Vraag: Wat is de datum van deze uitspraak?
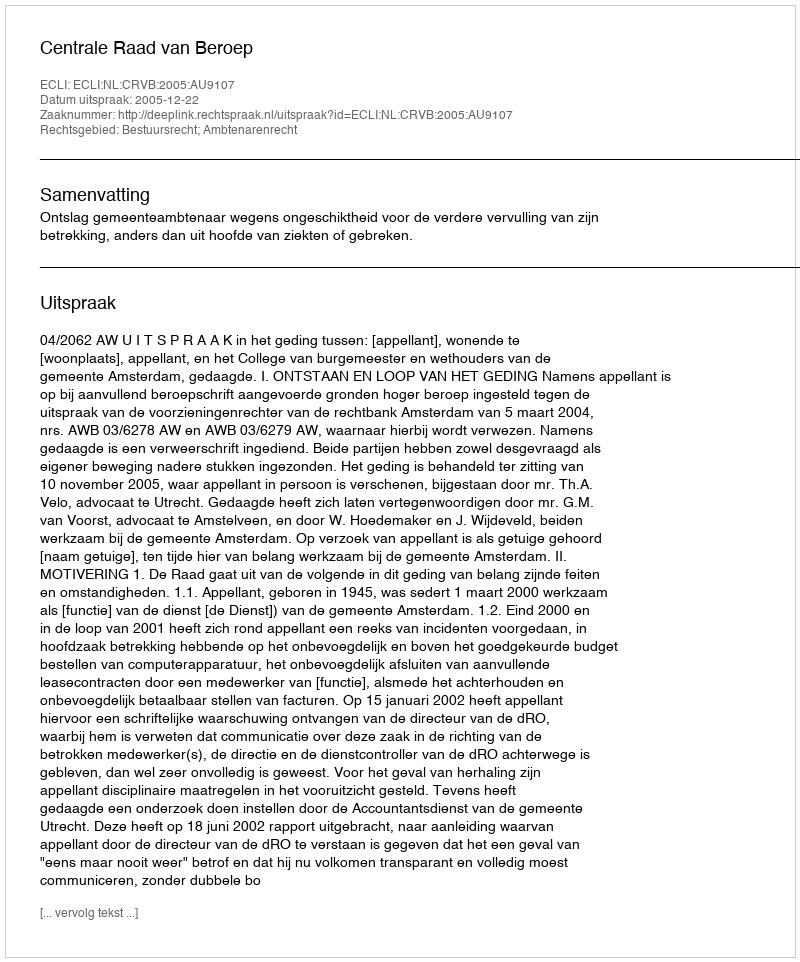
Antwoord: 2005-12-22